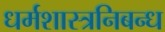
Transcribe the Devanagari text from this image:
धर्मशास्त्रनिबन्ध